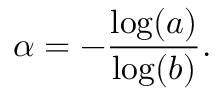
\alpha = - { \frac { \log ( a ) } { \log ( b ) } } .